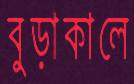
বুড়াকালে